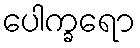
ပေါက္ခရော